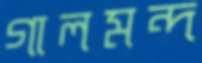
গালমন্দ